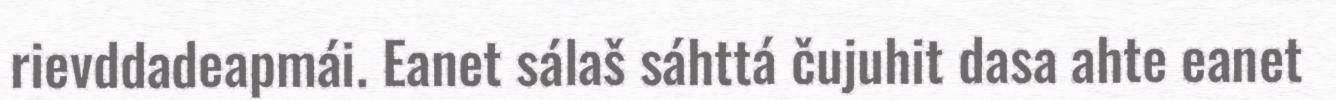
rievddadeapmái. Eanet sálaš sáhttá čujuhit dasa ahte eanet